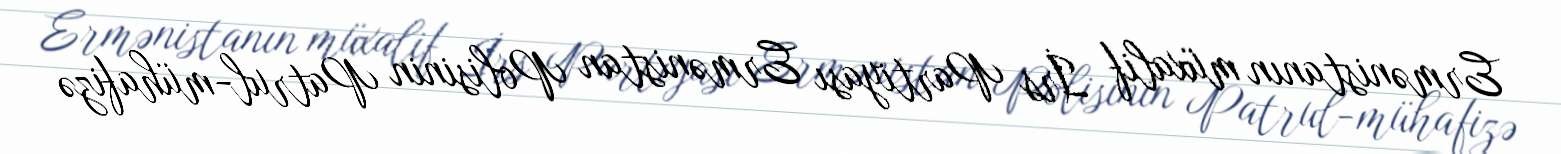
Ermənistanın müxalif İrs Partiyası Ermənistan Polisinin Patrul-mühafizə